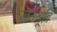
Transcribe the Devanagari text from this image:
जनश्रूति